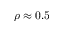
\rho \approx 0 . 5